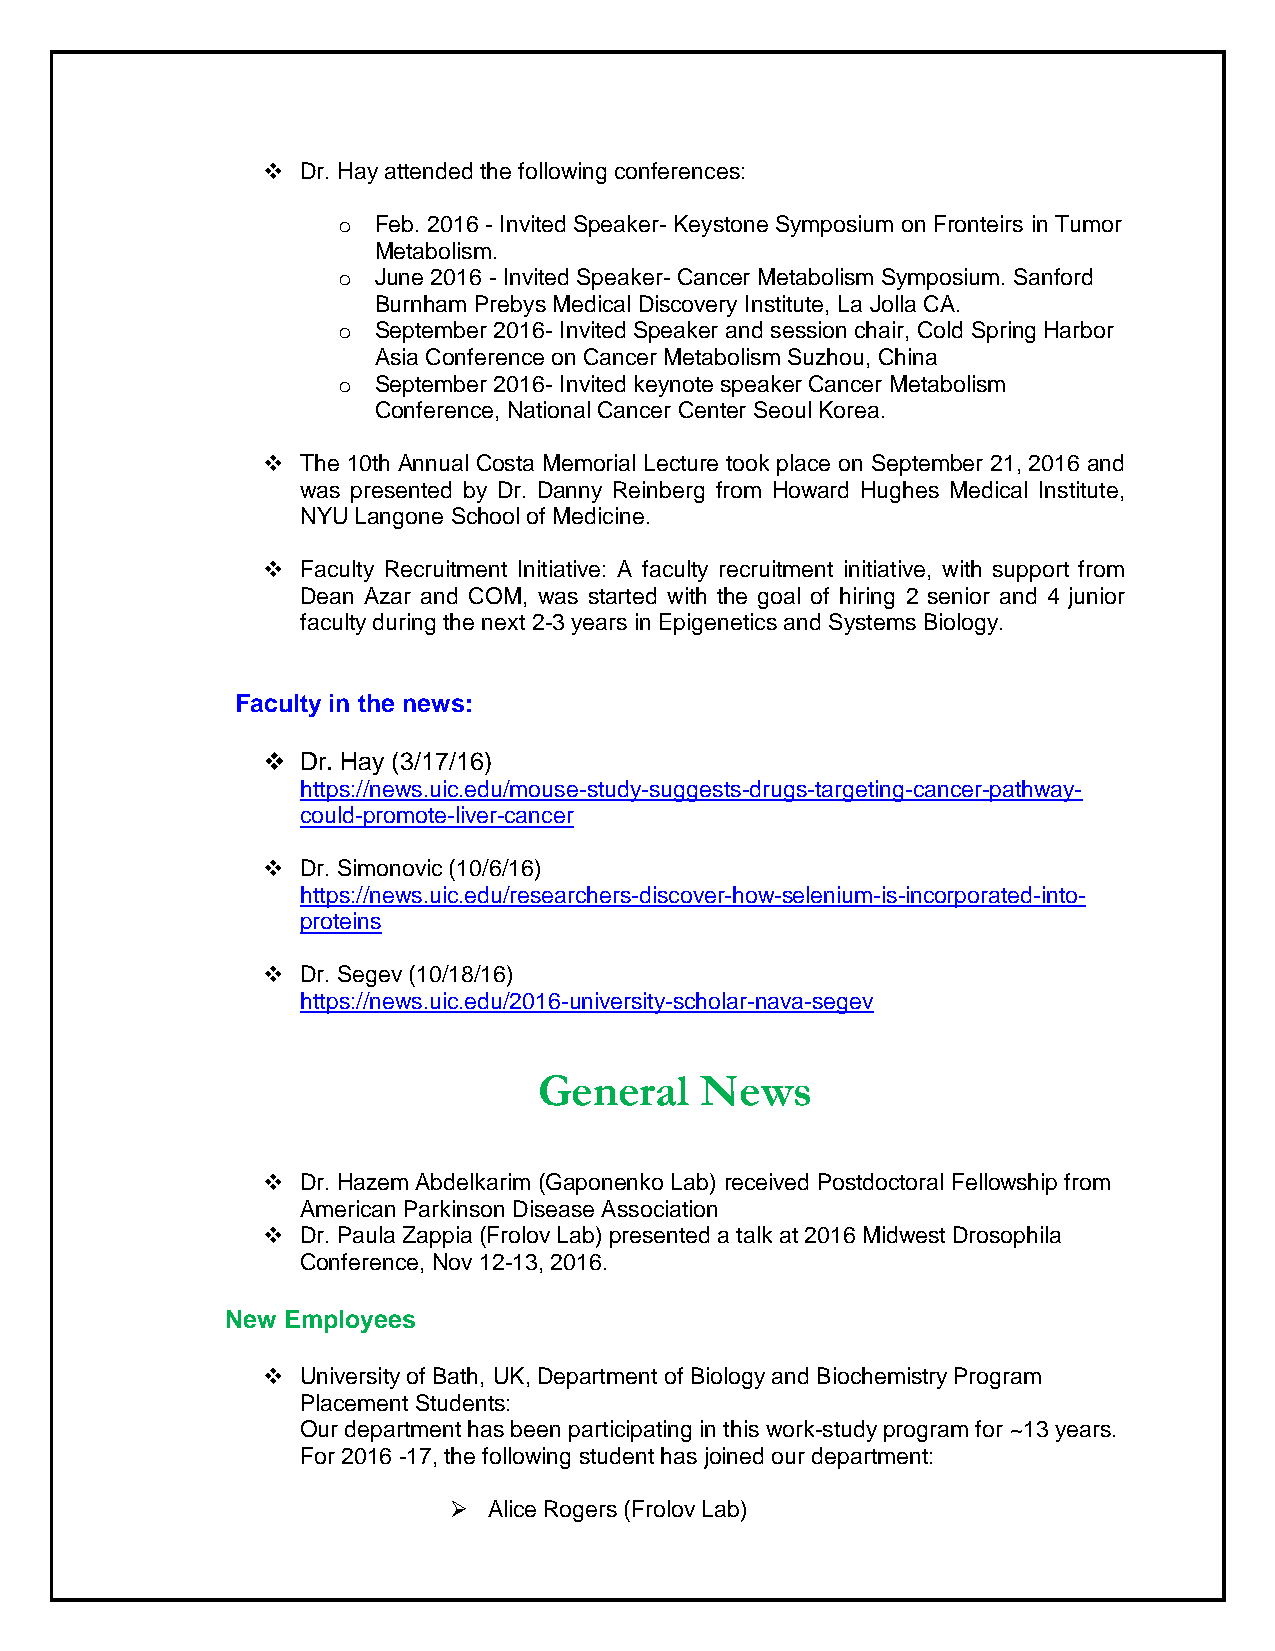
  Dr. Hay attended the following conferences:
 o  Feb. 2016 - Invited Speaker- Keystone Symposium on Fronteirs in Tumor
 Metabolism.
 o  June 2016 - Invited Speaker- Cancer Metabolism Symposium. Sanford
 Burnham Prebys Medical Discovery Institute, La Jolla CA.
 o  September 2016- Invited Speaker and session chair, Cold Spring Harbor
 Asia Conference on Cancer Metabolism Suzhou, China
 o  September 2016- Invited keynote speaker Cancer Metabolism
 Conference, National Cancer Center Seoul Korea.
   The 10th Annual Costa Memorial Lecture took place on September 21, 2016 and
 was presented by Dr. Danny Reinberg from Howard Hughes Medical Institute,
 NYU Langone School of Medicine.
   Faculty Recruitment Initiative: A faculty recruitment initiative, with support from
 Dean Azar and COM, was started with the goal of hiring 2 senior and 4 junior
 faculty during the next 2-3 years in Epigenetics and Systems Biology.
 Faculty in the news:
   Dr. Hay (3/17/16)
 https://news.uic.edu/mouse-study-suggests-drugs-targeting-cancer-pathway-
 could-promote-liver-cancer
   Dr. Simonovic (10/6/16)
 https://news.uic.edu/researchers-discover-how-selenium-is-incorporated-into-
 proteins
   Dr. Segev (10/18/16)
 https://news.uic.edu/2016-university-scholar-nava-segev
 General   News
   Dr. Hazem Abdelkarim (Gaponenko Lab) received Postdoctoral Fellowship from
 American Parkinson Disease Association
   Dr. Paula Zappia (Frolov Lab) presented a talk at 2016 Midwest Drosophila
 Conference, Nov 12-13, 2016.
 New Employees
   University of Bath, UK, Department of Biology and Biochemistry Program
 Placement Students:
 Our department has been participating in this work-study program for ~13 years.
 For 2016 -17, the following student has joined our department:
  Alice Rogers (Frolov Lab)